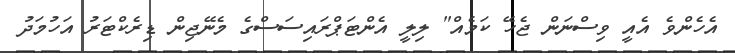
އެހެންވެ އެއީ ވިސްނަން ޖެހޭ ކަމެއް" ލިލީ އެންޓަޕްރައިސަސްގެ މެނޭޖިން ޑިރެކްޓަރު އަހުމަދު